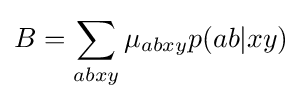
B=\sum _{abxy}\mu _{abxy}p(ab|xy)